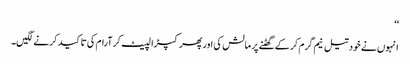
‘‘
انہوں نے خود تیل نیم گرم کر کے گھٹنے پر مالش کی اور پھر کپڑا لپیٹ کر آرام کی تاکید کرنے لگیں۔